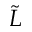
\tilde { L }